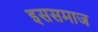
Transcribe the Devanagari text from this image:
इससमाज